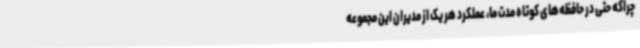
چراکه حتی در حافظه‌های کوتاه مدت ما، عملکرد هر یک از مدیران این مجموعه